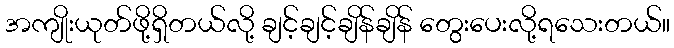
အကျိုးယုတ်ဖို့ရှိတယ်လို့ ချင့်ချင့်ချိန်ချိန် တွေးပေးလို့ရသေးတယ်။